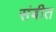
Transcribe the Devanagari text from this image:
संबीत